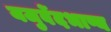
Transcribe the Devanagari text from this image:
यजुर्वेदभाष्य